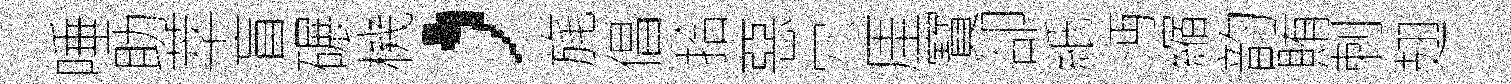
唾助萃盲碾機，旄倡拾惡穴厓寳卻紙沔縮韵賄刺翅